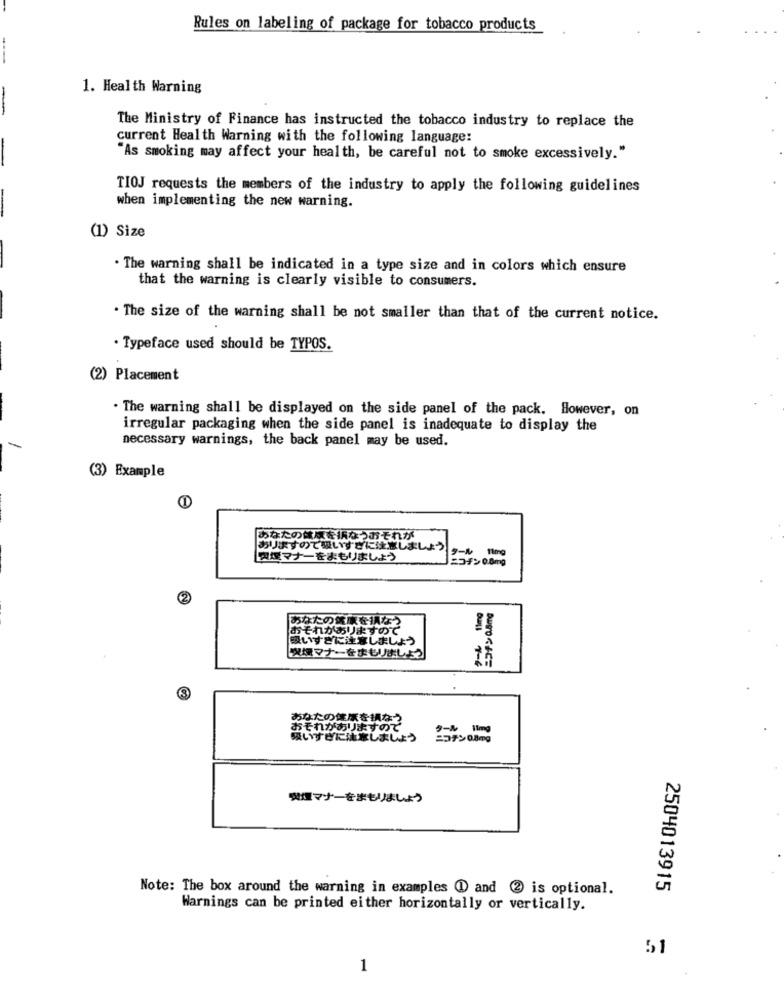
Rules on labeling of package for tobacco products
---
1. Health Warning
The Ministry of Finance has instructed the tobacco industry to replace the
current Health Warning with the following language:
"As smoking may affect your health, be careful not to smoke excessively."
TIOJ requests the members of the industry to apply the following guidelines
when implementing the new warning.
(1) Size
. The warning shall be indicated in a type size and in colors which ensure
that the warning is clearly visible to consumers.
. The size of the warning shall be not smaller than that of the current notice.
. Typeface used should be TYPOS.
(2) Placement
. The warning shall be displayed on the side panel of the pack. However, on
irregular packaging when the side panel is inadequate to display the
necessary warnings, the back panel may be used.
(3) Example
あなたの健康をになうおそれが
ありますので吸いすぎに注意しましょう
奥気マナーをまもりましょう
=57:00mg
あなたの健康を損なつ
おそれがありますので
吸いすぎに注意しましょう
喫煙マナーをまもりましょう
Outro <15
あなたの健康を損なつ
おそれがありますので
吸いすぎにはましましょう
=27>08mg
喫煙マナーをまもりましょう
Note: The box around the warning in examples @1 and 2 is optional.
2504013915
Warnings can be printed either horizontally or vertically.
51
1